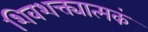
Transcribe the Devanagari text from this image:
शिवशक्त्यात्मकं